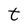
Character: t